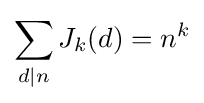
\sum _{d|n}J_{k}(d)=n^{k}